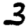
Digit: 3